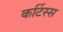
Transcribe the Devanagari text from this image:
कर्टिस्स